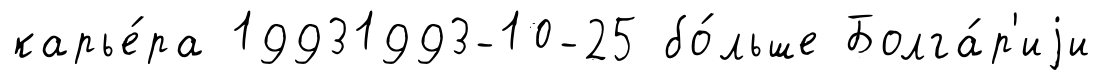
карье́ра 19931993-10-25 бо́льше Болга́р'иjи